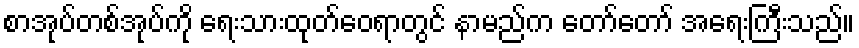
စာအုပ်တစ်အုပ်ကို ရေးသားထုတ်ဝေရာတွင် နာမည်က တော်တော် အရေးကြီးသည်။